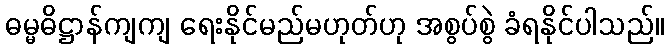
ဓမ္မဓိဋ္ဌာန်ကျကျ ရေးနိုင်မည်မဟုတ်ဟု အစွပ်စွဲ ခံရနိုင်ပါသည်။